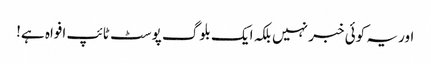
اور یہ کوئی خبر نہیں بلکہ ایک بلوگ پوسٹ ٹائپ افواہ ہے!